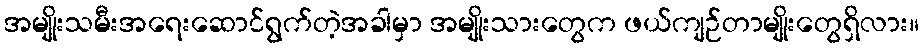
အမျိုးသမီးအရေးဆောင်ရွက်တဲ့အခါမှာ အမျိုးသားတွေက ဖယ်ကျဉ်တာမျိုးတွေရှိလား။